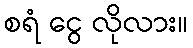
စရံ ငွေ လိုလား။